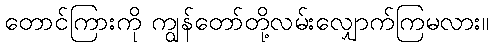
တောင်ကြားကို ကျွန်တော်တို့လမ်းလျှောက်ကြမလား။